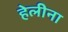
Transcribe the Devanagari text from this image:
हेलीना